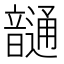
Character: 𩐹